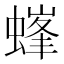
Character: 𧏢